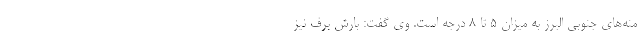
منه‌های جنوبی البرز به میزان ۵ تا ۸ درجه است. وی گفت: بارش برف نیز